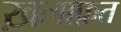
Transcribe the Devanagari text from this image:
ख़लाफ़त